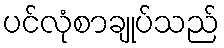
ပင်လုံစာချုပ်သည်